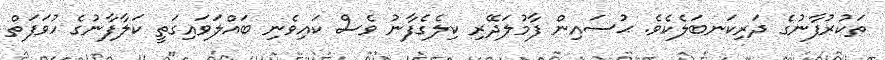
ތަކުރުފާނުގެ ދަރިކަނބަލެކެވެ. ޙުސައިން ފާމުލަދޭރި ކިލެގެފާނު ވެސް ކައިވެނި ބައްލަވައިގަތީ ކަލާފާނުގެ ހުވަފަތް